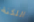
اللكنة